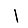
Digit: 1